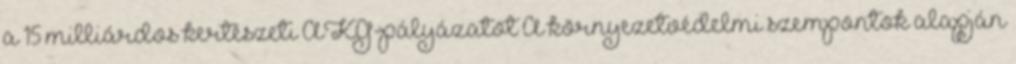
a 15 milliárdos kertészeti AKG-pályázatot A környezetvédelmi szempontok alapján